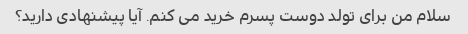
سلام من برای تولد دوست پسرم خرید می کنم. آیا پیشنهادی دارید؟